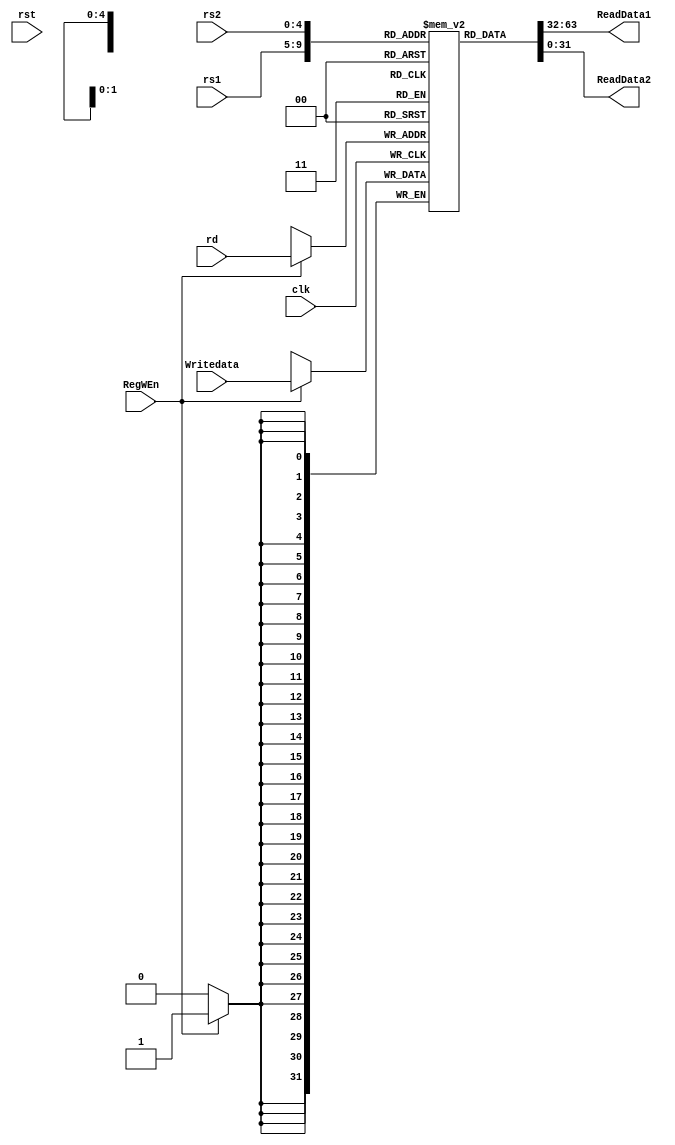
module registor (
    clk, rst, RegWEn, Writedata, rs1, rs2, rd, ReadData1, ReadData2
);

input clk, rst, RegWEn;
input [31:0] Writedata;
input [4:0] rs1, rs2, rd;
output [31:0] ReadData1, ReadData2;

reg [31:0] array [31:0];

// thanh ghi c lm trng sau mi ln reset h thng

// always @(rs1 or rs2 or rst) begin
//     if(rst) begin
//         array[0] = 32'd0;
//         array[1] = 32'd0;
//         array[2] = 32'd0;
//         array[3] = 32'd0;
//         array[4] = 32'd0;
//         array[5] = 32'd0;
//         array[6] = 32'd0;
//         array[7] = 32'd0;
//         array[8] = 32'd0;
//         array[9] = 32'd0;
//         array[10] = 32'd0;
//         array[11] = 32'd0;
//         array[12] = 32'd0;
//         array[13] = 32'd0;
//         array[14] = 32'd0;
//         array[15] = 32'd0;
//         array[16] = 32'd0;
//         array[17] = 32'd0;
//         array[18] = 32'd0;
//         array[19] = 32'd0;
//         array[20] = 32'd0;
//         array[21] = 32'd0;
//         array[22] = 32'd0;
//         array[23] = 32'd0;
//         array[24] = 32'd0;
//         array[25] = 32'd0;
//         array[26] = 32'd0;
//         array[27] = 32'd0;
//         array[28] = 32'd0;
//         array[29] = 32'd0;
//         array[30] = 32'd0;
//         array[31] = 32'd0;
//     end
// end

assign ReadData1 = array[rs1];
assign ReadData2 = array[rs2];

always @(posedge clk) begin
    if(RegWEn)
        array[rd] = Writedata;   
end

initial begin
        array[0] = 32'd1;
        array[1] = 32'd52;
        array[2] = 32'd3;
        array[3] = 32'd4;
        array[4] = 32'd5;
        array[5] = 32'd6;
        array[6] = 32'd7;
        array[7] = 32'd8;
        array[8] = 32'd9;
        array[9] = 32'd10;
        array[10] = 32'd11;
        array[11] = 32'd12;
        array[12] = 32'd13;
        array[13] = 32'd14;
        array[14] = 32'd15;
        array[15] = 32'd16;
        array[16] = 32'd17;
        array[17] = 32'd18;
        array[18] = 32'd9;
        array[19] = 32'd20;
        array[20] = 32'd21;
        array[21] = 32'd22;
        array[22] = 32'd23;
        array[23] = 32'd24;
        array[24] = 32'd25;
        array[25] = 32'd26;
        array[26] = 32'd27;
        array[27] = 32'd28;
        array[28] = 32'd29;
        array[29] = 32'd30;
        array[30] = 32'd31;
        array[31] = 32'd32;
end

endmodule